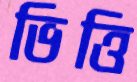
ভিত্তি